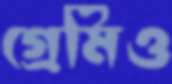
গ্রেমিও